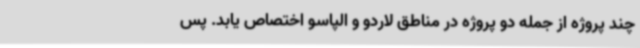
چند پروژه از جمله دو پروژه در مناطق لاردو و الپاسو اختصاص یابد. پس